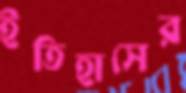
ইতিহাসের